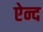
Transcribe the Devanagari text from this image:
ऐन्द